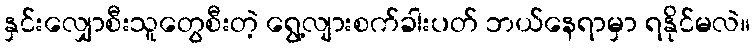
နှင်းလျှောစီးသူတွေစီးတဲ့ ရွေ့လျားစက်ခါးပတ် ဘယ်နေရာမှာ ရနိုင်မလဲ။